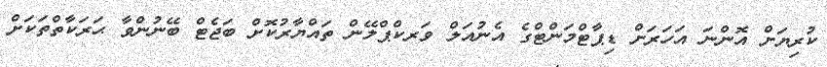
ކުރިޔަށް އޮންނަ އަހަރަށް ޑިޕާޓްމަންޓްގެ އެނުއަލް ވަރކްޕްލޭން ތައްޔާރުކޮށް ބަޖެޓް ބޭނުންވާ ޙަރަކާތްތަކަށް